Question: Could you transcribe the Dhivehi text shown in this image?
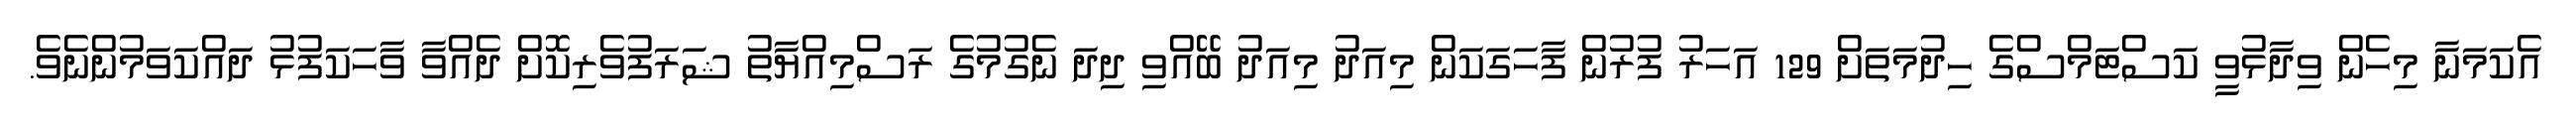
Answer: އެކަމަނާ މިހެން ވިދާޅުވީ ކަސްޓަމްސްގެ ހިދުމަތަށް 129 އަހަރު ފުރުން ފާހަގަކަން މިއަދު މިއަދު ބޭއްވި ދިދަ ނެގުމުގެ ރަސްމިއްޔާތު ޝަރަފުވެރިކޮށް ދެއްވާ ވާހަކަފުޅު ދައްކަވަމުންނެވެ.